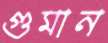
গুমান